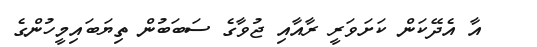
އާ އެދޭކަން ކަށަވަރީ ރާއާއި ޖުވާގެ ސަބަބުން ތިޔަބައިމީހުންގެ